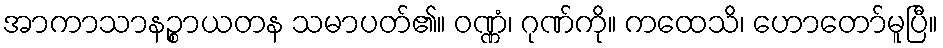
အာကာသာနဉ္စာယတန သမာပတ်၏။ ဝဏ္ဏံ၊ ဂုဏ်ကို။ ကထေသိ၊ ဟောတော်မူပြီ။